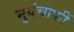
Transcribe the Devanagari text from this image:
भुयंचाफीं